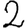
Digit: 2